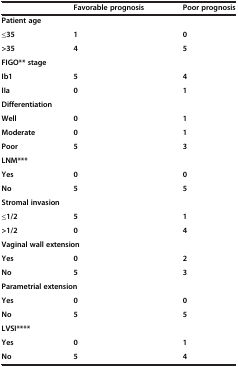
<table><thead><tr><td><b> </b></td><td><b>Favorable prognosis</b></td><td><b>Poor prognosis</b></td></tr></thead><tbody><tr><td colspan="3"><b>Patient age</b></td></tr><tr><td><b>≤35</b></td><td><b>1</b></td><td><b>0</b></td></tr><tr><td><b>&gt;35</b></td><td><b>4</b></td><td><b>5</b></td></tr><tr><td colspan="3"><b>FIGO** stage</b></td></tr><tr><td><b>Ib1</b></td><td><b>5</b></td><td><b>4</b></td></tr><tr><td><b>IIa</b></td><td><b>0</b></td><td><b>1</b></td></tr><tr><td colspan="3"><b>Differentiation</b></td></tr><tr><td><b>Well</b></td><td><b>0</b></td><td><b>1</b></td></tr><tr><td><b>Moderate</b></td><td><b>0</b></td><td><b>1</b></td></tr><tr><td><b>Poor</b></td><td><b>5</b></td><td><b>3</b></td></tr><tr><td colspan="3"><b>LNM***</b></td></tr><tr><td><b>Yes</b></td><td><b>0</b></td><td><b>0</b></td></tr><tr><td><b>No</b></td><td><b>5</b></td><td><b>5</b></td></tr><tr><td colspan="3"><b>Stromal invasion</b></td></tr><tr><td><b>≤1/2</b></td><td><b>5</b></td><td><b>1</b></td></tr><tr><td><b>&gt;1/2</b></td><td><b>0</b></td><td><b>4</b></td></tr><tr><td colspan="3"><b>Vaginal wall extension</b></td></tr><tr><td><b>Yes</b></td><td><b>0</b></td><td><b>2</b></td></tr><tr><td><b>No</b></td><td><b>5</b></td><td><b>3</b></td></tr><tr><td colspan="3"><b>Parametrial extension</b></td></tr><tr><td><b>Yes</b></td><td><b>0</b></td><td><b>0</b></td></tr><tr><td><b>No</b></td><td><b>5</b></td><td><b>5</b></td></tr><tr><td colspan="3"><b>LVSI****</b></td></tr><tr><td><b>Yes</b></td><td><b>0</b></td><td><b>1</b></td></tr><tr><td><b>No</b></td><td><b>5</b></td><td><b>4</b></td></tr></tbody></table>